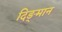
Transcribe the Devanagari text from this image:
दिङ्‌मान